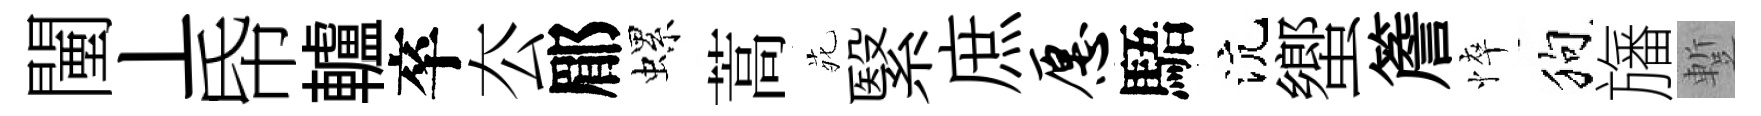
闉丄帋轤卒厺郿螺蒿𫟍繄庶愿䮏沆蠁簷悴狗旛蹔